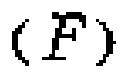
\((F)\)